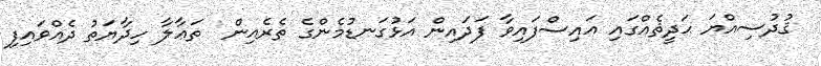
ޤުދުސިއްޔަ ޙަދީޘެއްގައި އައިސްފައިވާ ފަދައިން އަޅުގަނޑުމެންގެ ތެރެއިން  ތަޢާލާ ހިދާޔަތު ދެއްވައިފި